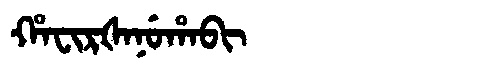
Manchu: ᡥᠠᠸᡳᡵᡧᠠᠨᡠᡥᠠᠪᡳ
Romanization: HAFIRŠANUHABI